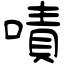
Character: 嘖